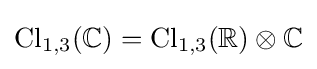
\mathrm {Cl} _{1,3}(\mathbb {C} )=\mathrm {Cl} _{1,3}(\mathbb {R} )\otimes \mathbb {C}